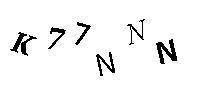
K77NNN